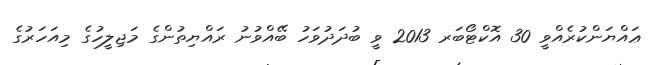
ޢައްޔަންކުރެއްވީ 30 އޮކްޓޯބަރ 2013 ވީ ބުދަދުވަހު ބޭއްވުނު ރައްޔިތުންގެ މަޖިލީހުގެ މިއަހަރުގެ